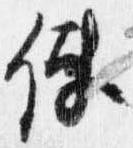
使